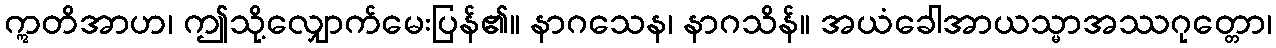
ဣတိအာဟ၊ ဤသို့လျှောက်မေးပြန်၏။ နာဂသေန၊ နာဂသိန်။ အယံခေါအာယသ္မာအဿဂုတ္တော၊